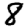
Digit: 8